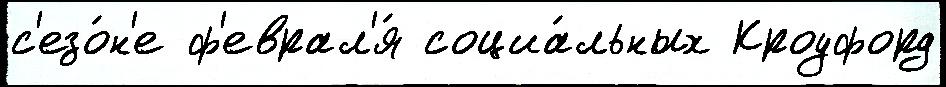
с'езо́н'е ф'еврал'я́ социа́льных Кроуфорд